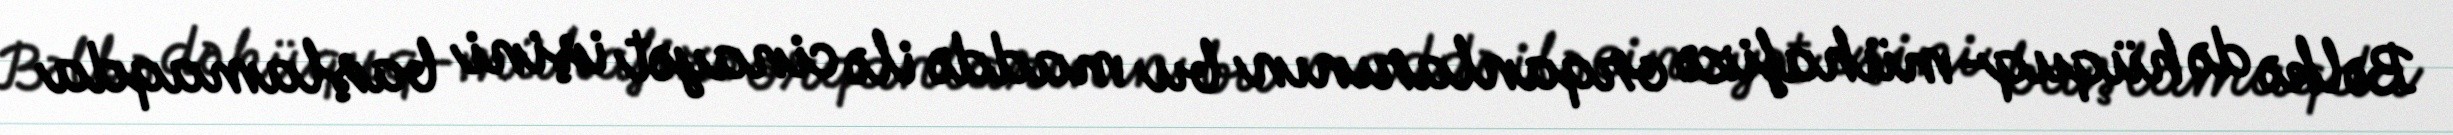
Bəlkə də hüquq-mühafizə orqanlarının bu maddə ilə cinayət işini başlamaqda